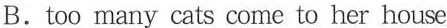
B.too many cats come to her house